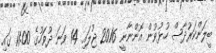
ބީލަންކަރުދާސް ހުޅުވުން އޮންނާނީ 2016 ޖުލައި 14 ވަނަ ދުވަހުގެ 11:00 ގައި